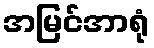
အမြင်အာရုံ